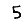
Digit: 5